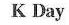
K Day